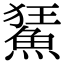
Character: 𩷬